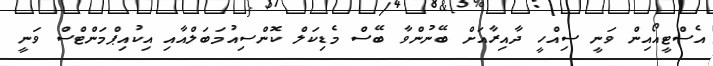
އެސްޓީއޯއިން ވަނީ ސިއްހީ ދާއިރާއަށް ބޭނުންވާ ބޭސް މެޑިކަލް ކޮންސިއުމަބަލްއާއި އިކުއިޕްމަންޓްސް ވަނީ